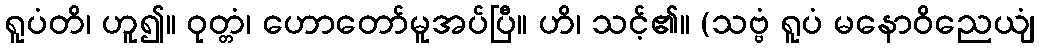
ရူပံတိ၊ ဟူ၍။ ဝုတ္တံ၊ ဟောတော်မူအပ်ပြီ။ ဟိ၊ သင့်၏။ (သဗ္ဗံ ရူပံ မနောဝိညေယျံ